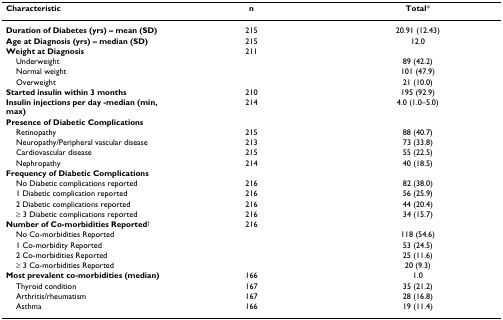
<table><thead><tr><td><b>Characteristic</b></td><td><b>n</b></td><td><b>Total*</b></td></tr></thead><tbody><tr><td><b>Duration of Diabetes (yrs) – mean (SD)</b></td><td>215</td><td>20.91 (12.43)</td></tr><tr><td><b>Age at Diagnosis (yrs) – median (SD)</b></td><td>215</td><td>12.0</td></tr><tr><td><b>Weight at Diagnosis</b></td><td>211</td><td></td></tr><tr><td> Underweight</td><td></td><td>89 (42.2)</td></tr><tr><td> Normal weight</td><td></td><td>101 (47.9)</td></tr><tr><td> Overweight</td><td></td><td>21 (10.0)</td></tr><tr><td><b>Started insulin within 3 months</b></td><td>210</td><td>195 (92.9)</td></tr><tr><td><b>Insulin injections per day -median (min, max)</b></td><td>214</td><td>4.0 (1.0–5.0)</td></tr><tr><td><b>Presence of Diabetic Complications</b></td><td></td><td></td></tr><tr><td> Retinopathy</td><td>215</td><td>88 (40.7)</td></tr><tr><td> Neuropathy/Peripheral vascular disease</td><td>213</td><td>73 (33.8)</td></tr><tr><td> Cardiovascular disease</td><td>215</td><td>55 (22.5)</td></tr><tr><td> Nephropathy</td><td>214</td><td>40 (18.5)</td></tr><tr><td><b>Frequency of Diabetic Complications</b></td><td></td><td></td></tr><tr><td> No Diabetic complications reported</td><td>216</td><td>82 (38.0)</td></tr><tr><td> 1 Diabetic complication reported</td><td>216</td><td>56 (25.9)</td></tr><tr><td> 2 Diabetic complications reported</td><td>216</td><td>44 (20.4)</td></tr><tr><td> ≥ 3 Diabetic complications reported</td><td>216</td><td>34 (15.7)</td></tr><tr><td><b>Number of Co-morbidities Reported</b><sup>†</sup></td><td>216</td><td></td></tr><tr><td> No Co-morbidities Reported</td><td></td><td>118 (54.6)</td></tr><tr><td> 1 Co-morbidity Reported</td><td></td><td>53 (24.5)</td></tr><tr><td> 2 Co-morbidities Reported</td><td></td><td>25 (11.6)</td></tr><tr><td> ≥ 3 Co-morbidities Reported</td><td></td><td>20 (9.3)</td></tr><tr><td><b>Most prevalent co-morbidities (median)</b></td><td>166</td><td>1.0</td></tr><tr><td> Thyroid condition</td><td>167</td><td>35 (21.2)</td></tr><tr><td> Arthritis/rheumatism</td><td>167</td><td>28 (16.8)</td></tr><tr><td> Asthma</td><td>166</td><td>19 (11.4)</td></tr></tbody></table>